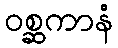
ဝစ္ဆကာနံ